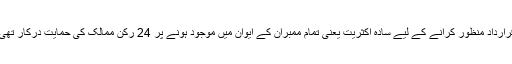
قرارداد منظور کرانے کے لیے سادہ اکثریت یعنی تمام ممبران کے ایوان میں موجود ہونے پر 24 رکن ممالک کی حمایت درکار تھی۔